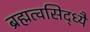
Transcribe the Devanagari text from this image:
ब्रह्मत्वसिद्ध्यै